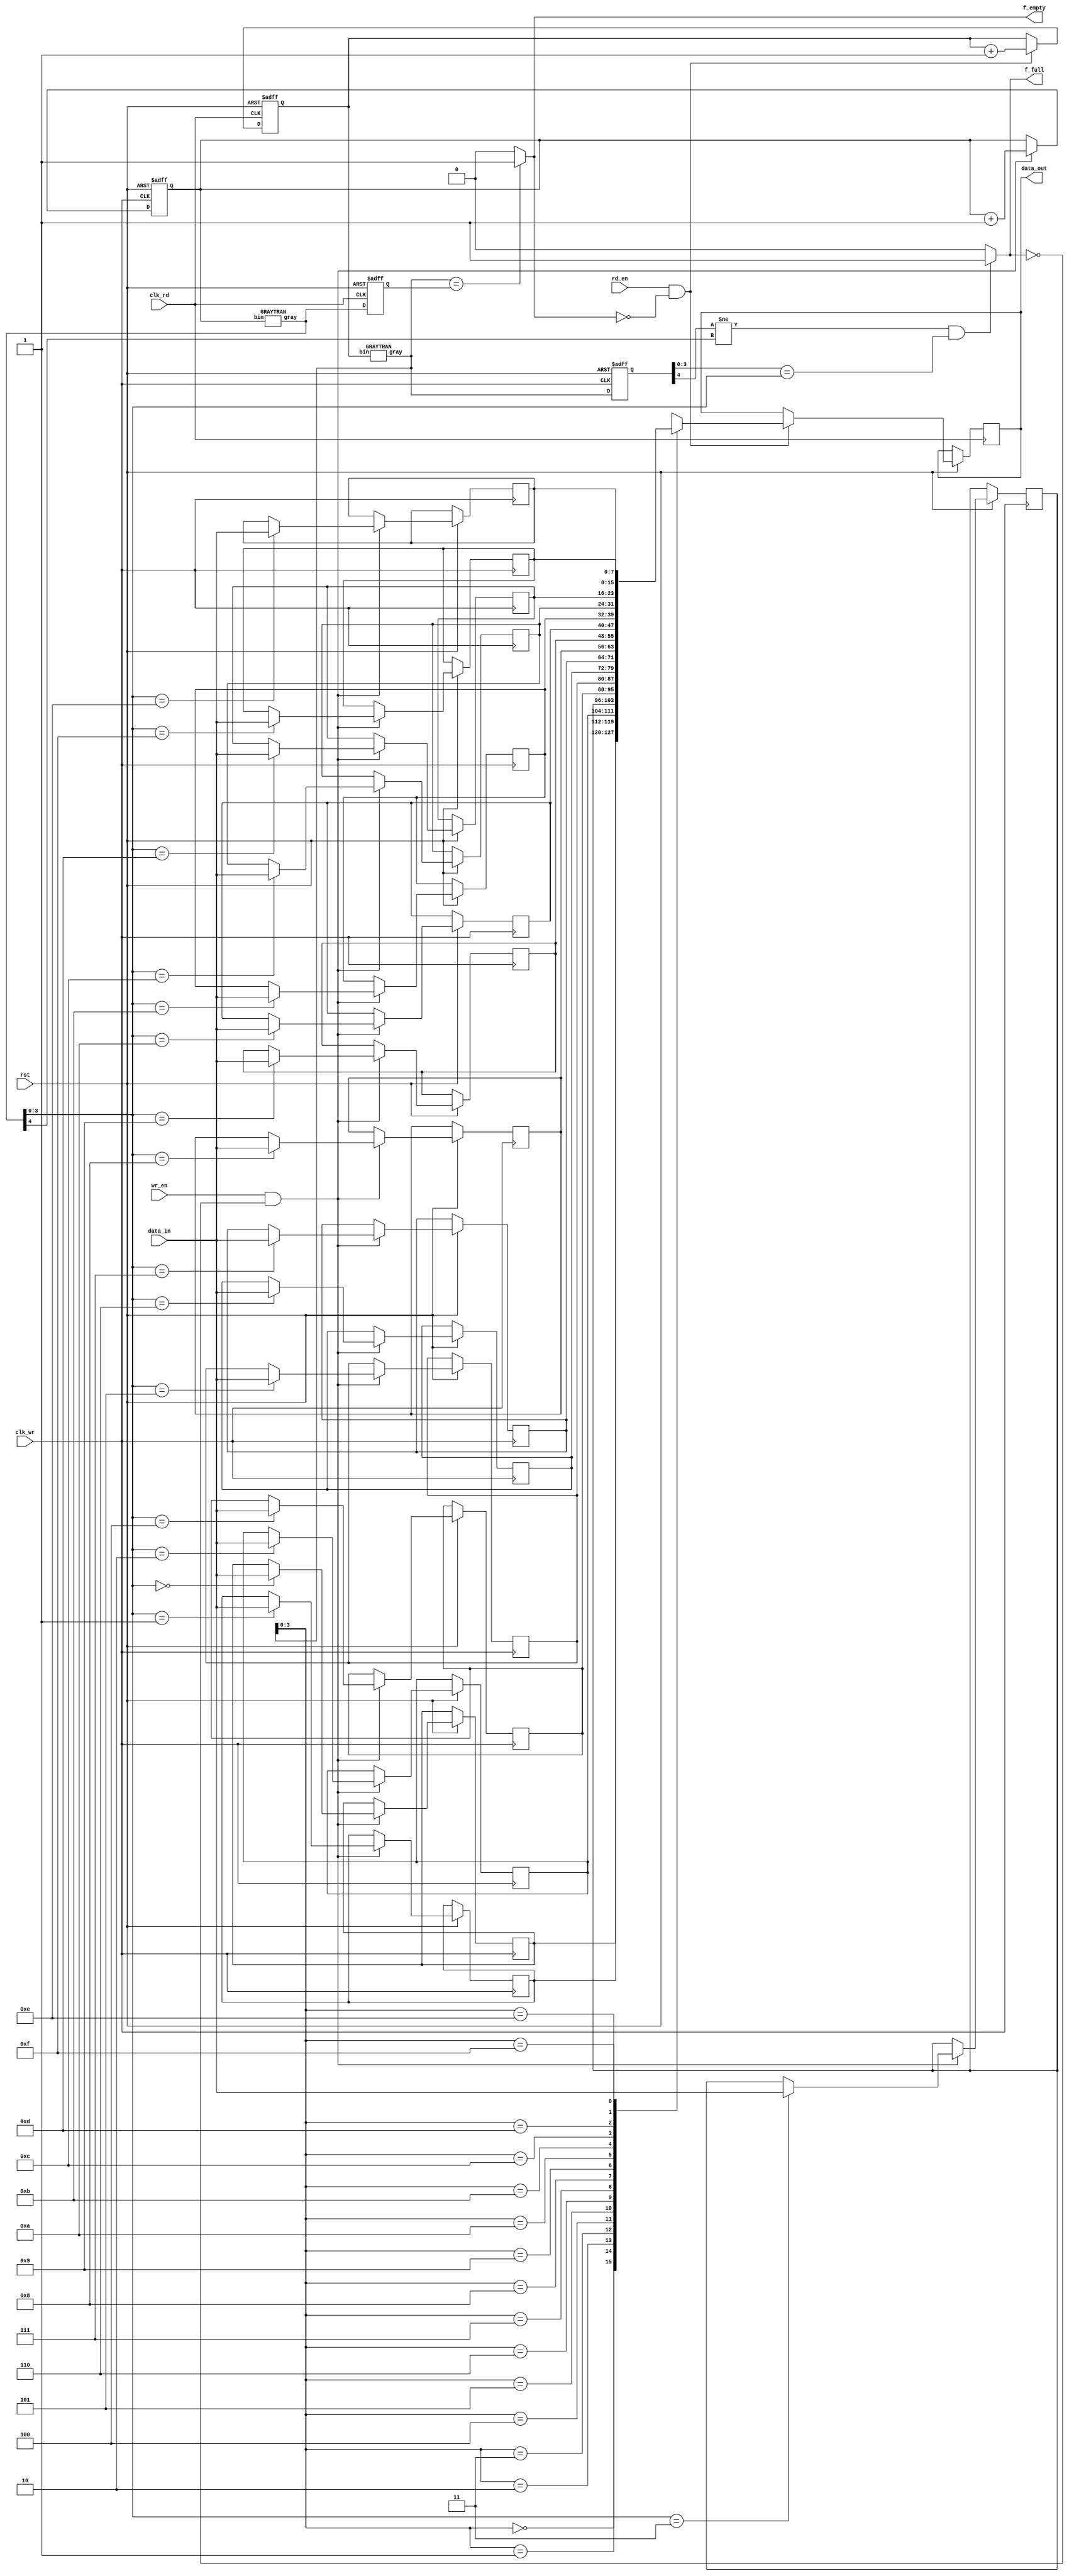
/****************************/
//async_fifo design example
//  auhor:ZFL
//      >DATAWIDTH = 8;
//      >ADDRDEPTH = 16;
//      >ADDRWIDTH = 4;
/***************************/
module async_fifo(rst,wr_en,rd_en,clk_rd,clk_wr,data_in,data_out,f_empty,f_full);
parameter           DATAWIDTH = 8;
parameter           ADDRDEPTH = 16;
parameter           ADDRWIDTH = 4;
input                       clk_rd,clk_wr,rst,wr_en,rd_en;
input   [DATAWIDTH-1:0]     data_in;
output                      f_empty,f_full;
output  [DATAWIDTH-1:0]     data_out;

reg     [DATAWIDTH-1:0]     mem[ADDRDEPTH-1:0];
reg     [DATAWIDTH-1:0]     data_out;
reg     [ADDRWIDTH:0]       w_addr_a,r_addr_a;
wire    [ADDRWIDTH:0]       w_addr_g,r_addr_g;//gray code output
reg     [ADDRWIDTH:0]       r_addr_c;//gray read address -> write clock;just for full flag
reg     [ADDRWIDTH:0]       w_addr_c;//gray witer address -> read clock;just for empty flag

GRAYTRAN g_r(.bin(r_addr_a),.gray(r_addr_g));
GRAYTRAN g_w(.bin(w_addr_a),.gray(w_addr_g));
/****************************/
//Read operation
/***************************/
always@(posedge clk_rd or negedge rst)
begin
    if(!rst)begin
        r_addr_a<='b0;
        w_addr_c<='b0;
    end
    else begin
        w_addr_c<=w_addr_g;
        if(rd_en&&(!f_empty))begin
            data_out<=mem[r_addr_g[ADDRWIDTH-1:0]];
            r_addr_a<=r_addr_a+1;
        end
    end
end

/****************************/
//Write operation
/***************************/
always@(posedge clk_wr or negedge rst)
begin
    if(!rst)begin
        w_addr_a<='b0;
        r_addr_c<='b0;
    end
    else begin
        r_addr_c<=r_addr_g;
        if(wr_en&&(!f_full))begin
            mem[w_addr_g[ADDRWIDTH-1:0]]<=data_in;
            w_addr_a<=w_addr_a+1;
        end
    end
end

/****************************/
//Empty flag and Full flag
/***************************/
assign f_full =(r_addr_c[ADDRWIDTH]!=w_addr_g[ADDRWIDTH]
            &&  r_addr_c[ADDRWIDTH-1:0]==w_addr_g[ADDRWIDTH-1:0])
            ?1:0;
assign f_empty=(r_addr_g==w_addr_c)?1:0;

endmodule


/****************************/
//Gray code transform
//      >Width=4
/***************************/
module GRAYTRAN(bin,gray);
parameter           ADDRDEPTH = 16;
parameter           ADDRWIDTH = 4;
input   [ADDRWIDTH:0] bin;
output  [ADDRWIDTH:0] gray;
wire    [ADDRWIDTH:0] gray;

assign gray[4]=bin[4];
assign gray[3]=bin[3];
assign gray[2]=bin[3]^bin[2];
assign gray[1]=bin[2]^bin[1];
assign gray[0]=bin[1]^bin[0];

endmodule



/****************************/
//async_fifo testbench example
//      DATAWIDTH = 8;
//      ADDRDEPTH = 16;
//      ADDRWIDTH = 4;
/***************************/
`timescale  10ns/1ns
module tb_async_fifo();

parameter           DATAWIDTH = 8;
parameter           ADDRDEPTH = 16;
parameter           ADDRWIDTH = 4;

reg                         clk_rd,clk_wr,rst,wr_en,rd_en;
reg     [DATAWIDTH-1:0]     data_in;
wire                        f_empty,f_full;
wire    [DATAWIDTH-1:0]     data_out;

async_fifo   async_fifo_0(
                    .clk_rd(clk_rd),.clk_wr(clk_wr),.rst(rst),
                    .wr_en(wr_en),.rd_en(rd_en),
                    .data_in(data_in),.data_out(data_out),
                    .f_empty(f_empty),.f_full(f_full)
                );

always #15 clk_rd=~clk_rd;
always #10 clk_wr=!clk_wr;

//inital setting;
initial begin
    clk_rd=1;
    clk_wr=1;
    rst=1;
    wr_en=0;
    rd_en=0;
    data_in='b0;
end

//reset,time < 70;
initial begin
    #35     rst=0;
    #30     rst=1;
end

//write data,wr_clk period:#20
initial begin
    #100    wr_en=1;
    #20     data_in='d1;
    #20     data_in='d2;
    #20     data_in='d3;
    #20     data_in='d4;
    #20     data_in='d5;
    #20     data_in='d6;
    #20     data_in='d7;
    #20     data_in='d8;
    #20     data_in='d9;
    #20     data_in='d10;
    #20     data_in='d11;
    #20     data_in='d12;
    #20     data_in='d13;
    #20     data_in='d14;
    #20     data_in='d15;
    #20     data_in='d16;
    #20     data_in='d17;
    #20     data_in='d18;
    #20     data_in='d19;
    #20     wr_en=0;
end

//read data,clk_rd period:#30
initial begin
    #420    rd_en=1;
    #600    rd_en=0;
    #30     $finish;
end

initial begin $dumpfile("tb_async_fifo.vcd");$dumpvars(0,tb_async_fifo);end

endmodule